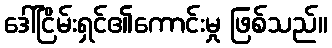
ဒေါ်ငြိမ်းရှင်၏ကောင်းမှု ဖြစ်သည်။